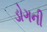
ડોગની